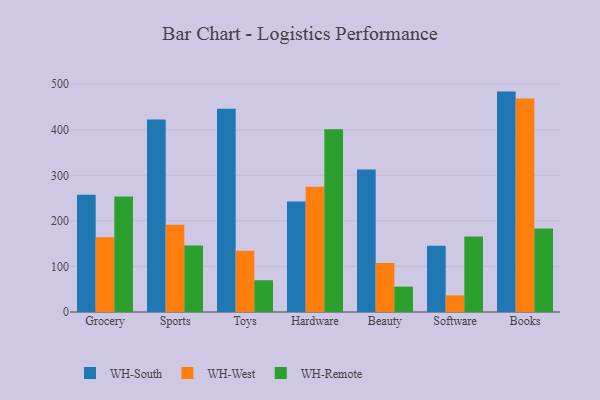
{"axis": {"x": "Category", "y": "Energy Usage (MWh)"}, "legend": ["WH-Remote", "WH-South", "WH-West"], "data": [{"x": "Grocery", "y": 257.4, "type": "WH-South"}, {"x": "Grocery", "y": 164.0, "type": "WH-West"}, {"x": "Grocery", "y": 253.5, "type": "WH-Remote"}, {"x": "Sports", "y": 422.4, "type": "WH-South"}, {"x": "Sports", "y": 191.5, "type": "WH-West"}, {"x": "Sports", "y": 145.9, "type": "WH-Remote"}, {"x": "Toys", "y": 446.3, "type": "WH-South"}, {"x": "Toys", "y": 134.6, "type": "WH-West"}, {"x": "Toys", "y": 69.7, "type": "WH-Remote"}, {"x": "Hardware", "y": 242.4, "type": "WH-South"}, {"x": "Hardware", "y": 274.8, "type": "WH-West"}, {"x": "Hardware", "y": 401.2, "type": "WH-Remote"}, {"x": "Beauty", "y": 312.9, "type": "WH-South"}, {"x": "Beauty", "y": 107.6, "type": "WH-West"}, {"x": "Beauty", "y": 55.7, "type": "WH-Remote"}, {"x": "Software", "y": 145.4, "type": "WH-South"}, {"x": "Software", "y": 36.6, "type": "WH-West"}, {"x": "Software", "y": 165.9, "type": "WH-Remote"}, {"x": "Books", "y": 483.8, "type": "WH-South"}, {"x": "Books", "y": 468.8, "type": "WH-West"}, {"x": "Books", "y": 183.4, "type": "WH-Remote"}]}